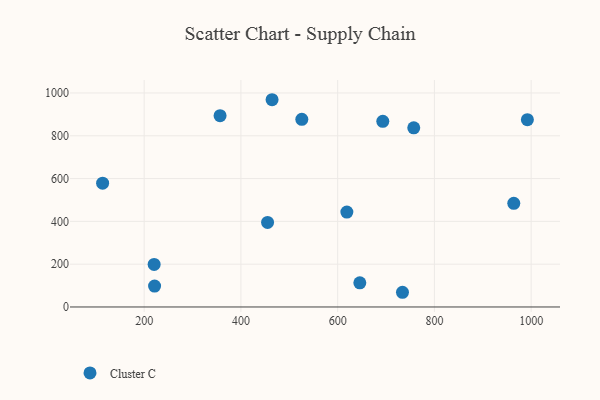
{"axis": {"x": "Distance", "y": "Salary"}, "legend": ["Cluster C"], "data": [{"x": "356.9", "y": 893.7, "type": "Cluster C"}, {"x": "464.4", "y": 968.4, "type": "Cluster C"}, {"x": "734.0", "y": 68.7, "type": "Cluster C"}, {"x": "619.0", "y": 443.4, "type": "Cluster C"}, {"x": "992.2", "y": 875.4, "type": "Cluster C"}, {"x": "645.8", "y": 113.0, "type": "Cluster C"}, {"x": "455.1", "y": 395.2, "type": "Cluster C"}, {"x": "757.3", "y": 837.2, "type": "Cluster C"}, {"x": "221.5", "y": 97.9, "type": "Cluster C"}, {"x": "220.6", "y": 198.7, "type": "Cluster C"}, {"x": "525.9", "y": 877.0, "type": "Cluster C"}, {"x": "693.3", "y": 867.4, "type": "Cluster C"}, {"x": "964.1", "y": 484.5, "type": "Cluster C"}, {"x": "114.1", "y": 578.7, "type": "Cluster C"}]}